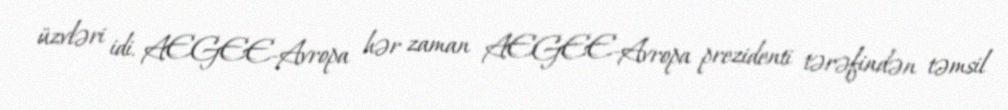
üzvləri idi. AEGEE-Avropa hər zaman AEGEE-Avropa prezidenti tərəfindən təmsil